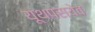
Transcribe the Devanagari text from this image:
यूथपस्येव